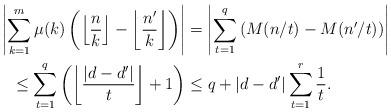
LaTeX: \begin{align*}\left|\sum_{k=1}^m \mu(k) \left(\left\lfloor \frac{n}{k} \right\rfloor - \left\lfloor \frac{n'}{k} \right\rfloor\right)\right| &= \left|\sum_{t=1}^q \left( M(n/t) - M(n'/t) \right)\right|\\\leq \sum_{t=1}^q \left( \left\lfloor \frac{|d-d'|}{t} \right\rfloor +1 \right) &\leq q + |d-d'| \sum_{t=1}^r \frac{1}{t}.\end{align*}